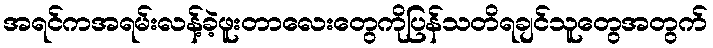
အရင်ကအရမ်းလန့်ခဲ့ဖူးတာလေးတွေကိုပြန်သတိရချင်သူတွေအတွက်